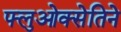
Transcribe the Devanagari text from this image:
फ्लुओक्सेतिने